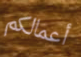
أعمالكم